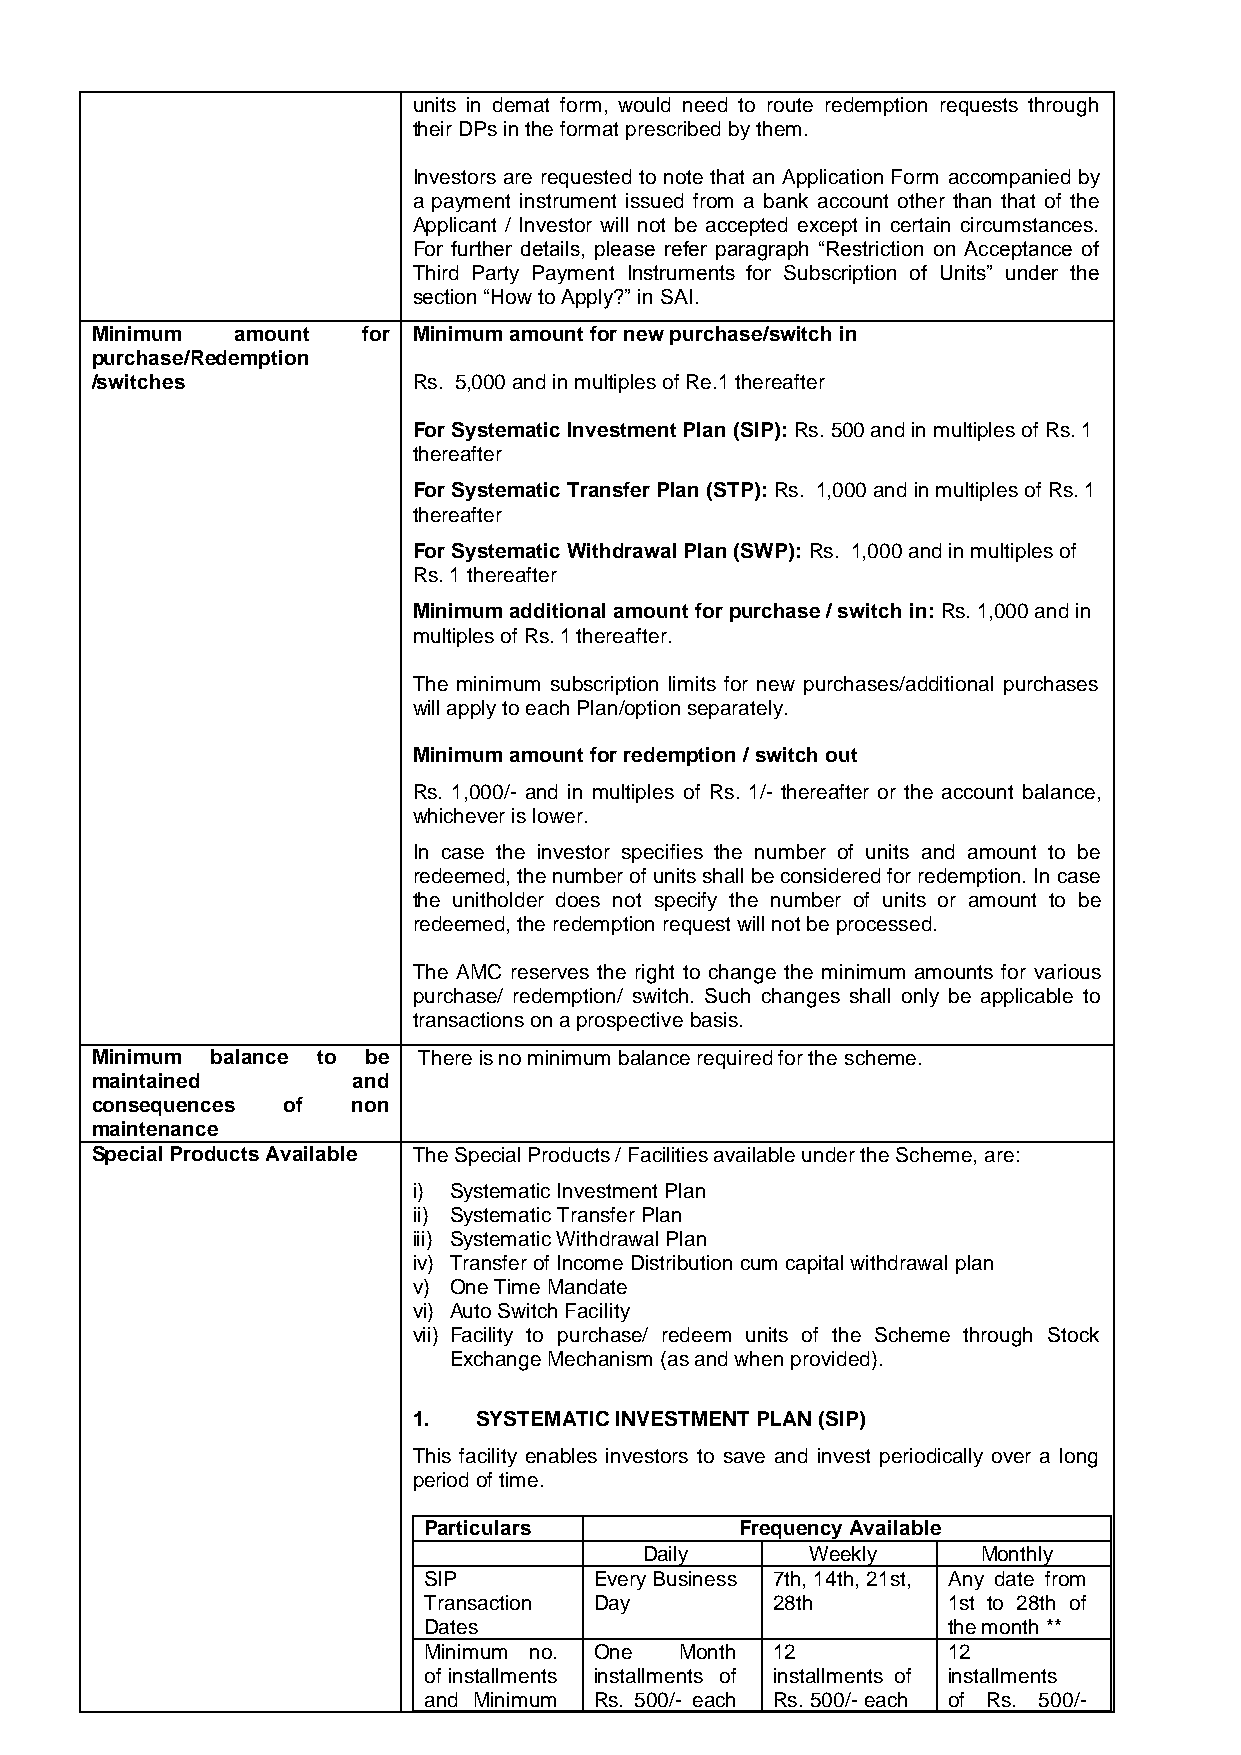
units in demat form, would need to route redemption requests through
 their DPs in the format prescribed by them.
 Investors are requested to note that an Application Form accompanied by
 a payment instrument issued from a bank account other than that of the
 Applicant / Investor will not be accepted except in certain circumstances.
 For further details, please refer paragraph “Restriction on Acceptance of
 Third Party Payment Instruments for Subscription of Units” under the
 section “How to Apply?” in SAI.
 Minimum   amount  for Minimum amount for new purchase/switch in
 purchase/Redemption
 /switches            Rs. 5,000 and in multiples of Re.1 thereafter
 For Systematic Investment Plan (SIP): Rs. 500 and in multiples of Rs. 1
 thereafter
 For Systematic Transfer Plan (STP): Rs. 1,000 and in multiples of Rs. 1
 thereafter
 For Systematic Withdrawal Plan (SWP): Rs. 1,000 and in multiples of
 Rs. 1 thereafter
 Minimum additional amount for purchase / switch in: Rs. 1,000 and in
 multiples of Rs. 1 thereafter.
 The minimum subscription limits for new purchases/additional purchases
 will apply to each Plan/option separately.
 Minimum amount for redemption / switch out
 Rs. 1,000/- and in multiples of Rs. 1/- thereafter or the account balance,
 whichever is lower.
 In case the investor specifies the number of units and amount to be
 redeemed, the number of units shall be considered for redemption. In case
 the unitholder does not specify the number of units or amount to be
 redeemed, the redemption request will not be processed.
 The AMC reserves the right to change the minimum amounts for various
 purchase/ redemption/ switch. Such changes shall only be applicable to
 transactions on a prospective basis.
 Minimum balance to be There is no minimum balance required for the scheme.
 maintained       and
 consequences of  non
 maintenance
 Special Products Available The Special Products / Facilities available under the Scheme, are:
 i) Systematic Investment Plan
 ii) Systematic Transfer Plan
 iii) Systematic Withdrawal Plan
 iv) Transfer of Income Distribution cum capital withdrawal plan
 v) One Time Mandate
 vi) Auto Switch Facility
 vii) Facility to purchase/ redeem units of the Scheme through Stock
 Exchange Mechanism (as and when provided).
 1.   SYSTEMATIC INVESTMENT PLAN (SIP)
 This facility enables investors to save and invest periodically over a long
 period of time.
 Particulars          Frequency Available
 Daily      Weekly     Monthly
 SIP        Every Business 7th, 14th, 21st, Any date from
 Transaction Day        28th        1st to 28th of
 Dates                              the month **
 Minimum no. One  Month 12          12
 of installments installments of installments of installments
 and Minimum Rs. 500/- each Rs. 500/- each of Rs. 500/-